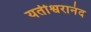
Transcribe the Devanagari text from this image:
यतीश्वरानंद